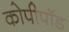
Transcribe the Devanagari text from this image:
कोपीपॉड